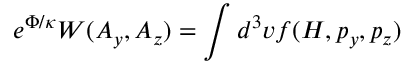
e ^ { \Phi / \kappa } W ( A _ { y } , A _ { z } ) = \int d ^ { 3 } v f ( H , p _ { y } , p _ { z } )